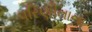
પરિણીતાના